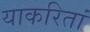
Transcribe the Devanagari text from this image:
याकरितां